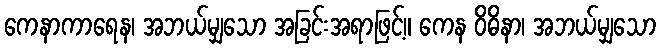
ကေနာကာရေန၊ အဘယ်မျှသော အခြင်းအရာဖြင့်။ ကေန ဝိဓိနာ၊ အဘယ်မျှသော